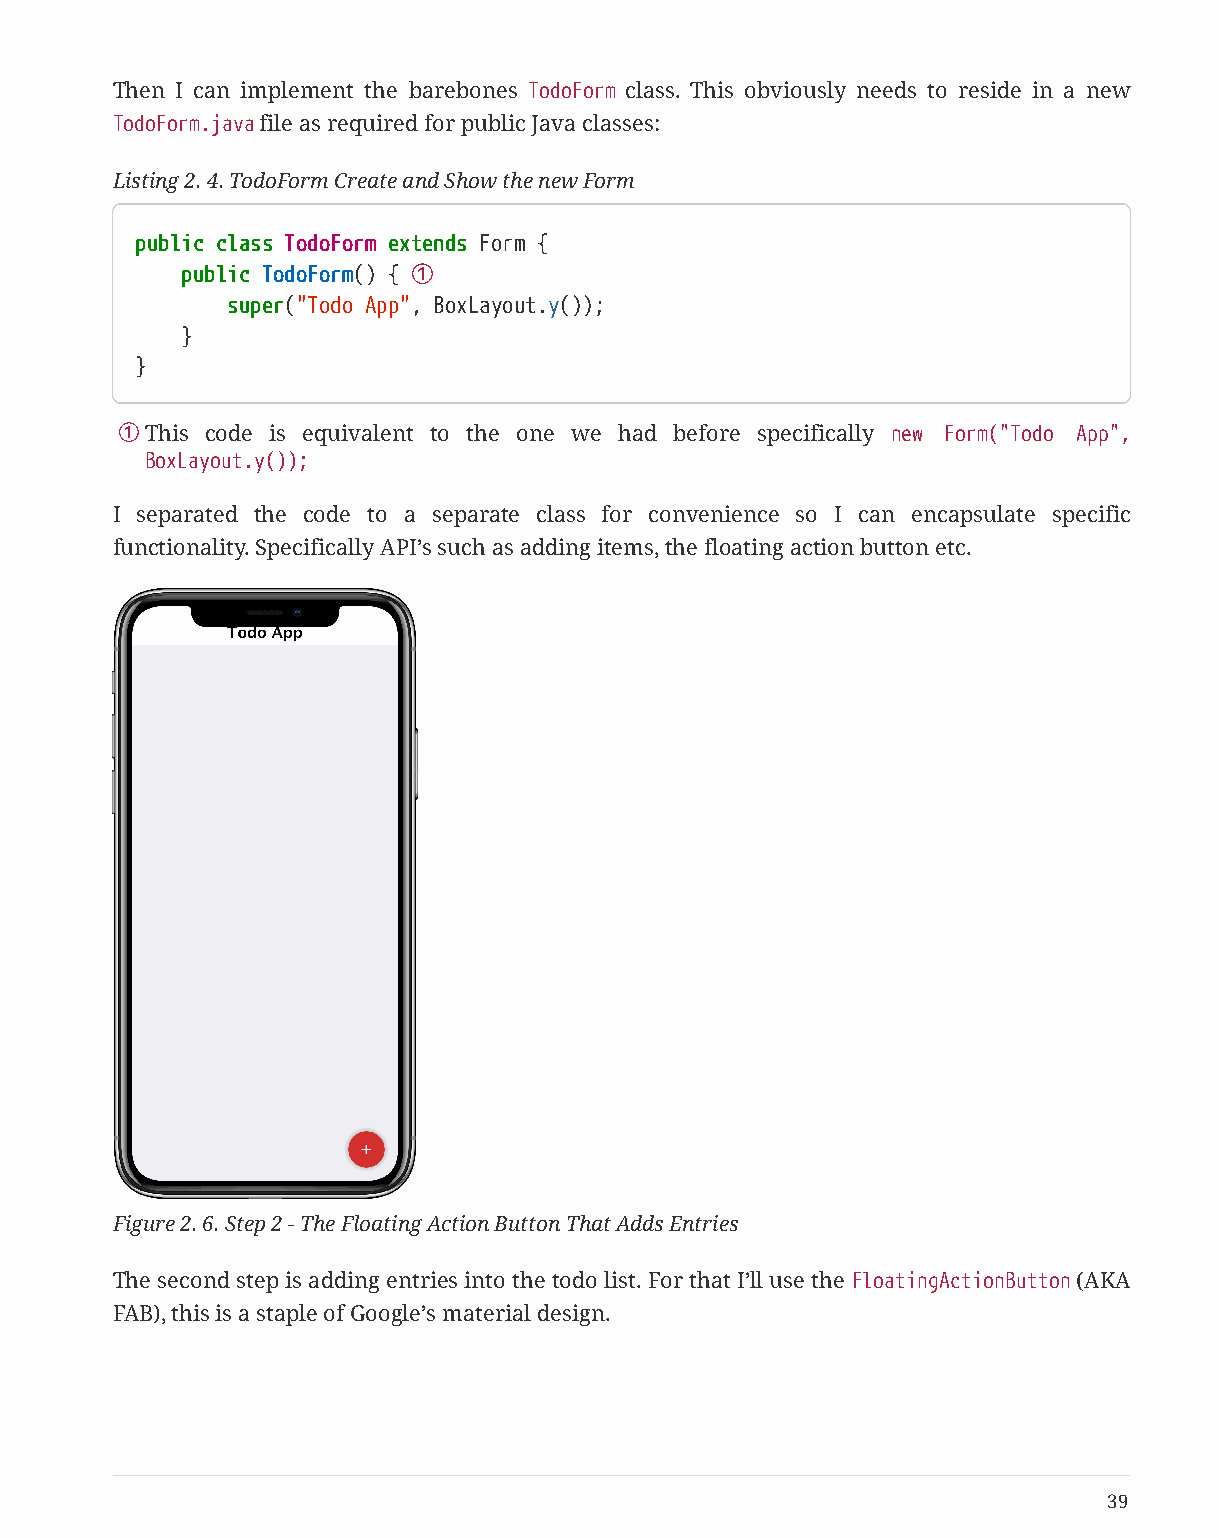
Then I can implement the barebones TodoForm class. This obviously needs to reside in a new
 TodoForm.java file as required for public Java classes:
 Listing 2. 4. TodoForm Create and Show the new Form
 public class TodoForm extends Form {
 public TodoForm() { ①
 super("Todo App", BoxLayout.y());
 }
 }
 ①This code is equivalent to the one we had before specifically new Form("Todo App",
 BoxLayout.y());
 I separated the code to a separate class for convenience so I can encapsulate specific
 functionality. Specifically API’s such as adding items, the floating action button etc.
 Figure 2. 6. Step 2 - The Floating Action Button That Adds Entries
 The second step is adding entries into the todo list. For that I’ll use the FloatingActionButton (AKA
 FAB), this is a staple of Google’s material design.
 39